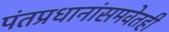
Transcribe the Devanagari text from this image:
पंतप्रधानांसमवेतही